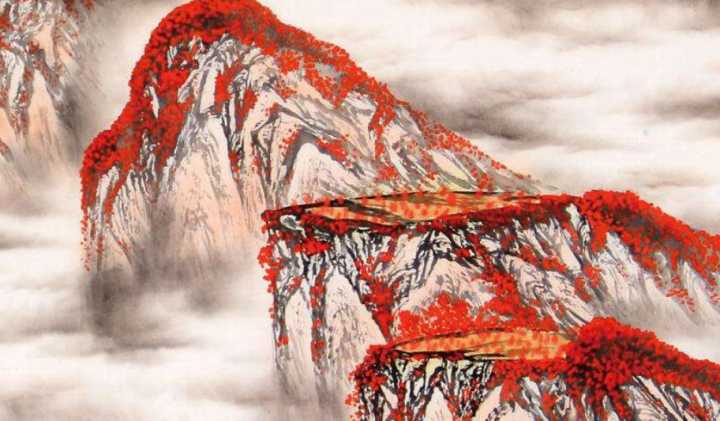
数亩荒园留我住，半瓶浊酒待君温。